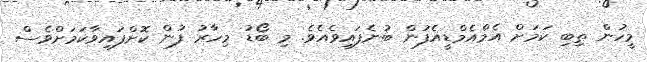
މީހުން ތިބި ކަމަށް އެމްއެމްޑީއެފުން ބުނެފައިވެއެވެ. މި ބޯޑު މިހާރު ފުން ކޮށްފައިވާކަމަށްވެސް